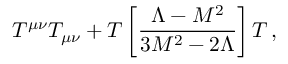
T ^ { \mu \nu } T _ { \mu \nu } + T \left[ \frac { \Lambda - M ^ { 2 } } { 3 M ^ { 2 } - 2 \Lambda } \right] T \, ,